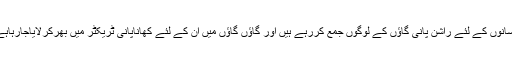
کسانوں کے لئے راشن پانی گاؤں کے لوگوں جمع کررہے ہیں اور گاؤں گاؤں میں ان کے لئے کھاناپانی ٹریکٹر میں بھرکرلایاجارہاہے۔